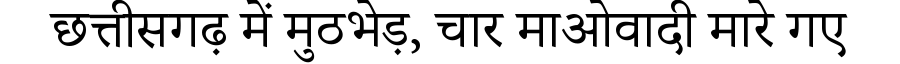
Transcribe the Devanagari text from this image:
छत्तीसगढ़ में मुठभेड़, चार माओवादी मारे गए